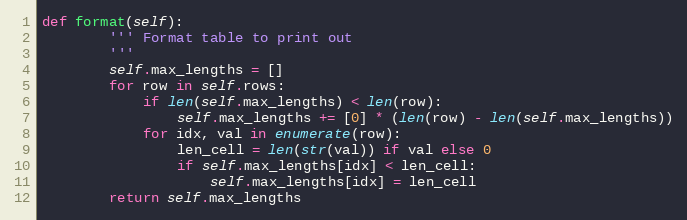
Language: Python
def format(self):
        ''' Format table to print out
        '''
        self.max_lengths = []
        for row in self.rows:
            if len(self.max_lengths) < len(row):
                self.max_lengths += [0] * (len(row) - len(self.max_lengths))
            for idx, val in enumerate(row):
                len_cell = len(str(val)) if val else 0
                if self.max_lengths[idx] < len_cell:
                    self.max_lengths[idx] = len_cell
        return self.max_lengths